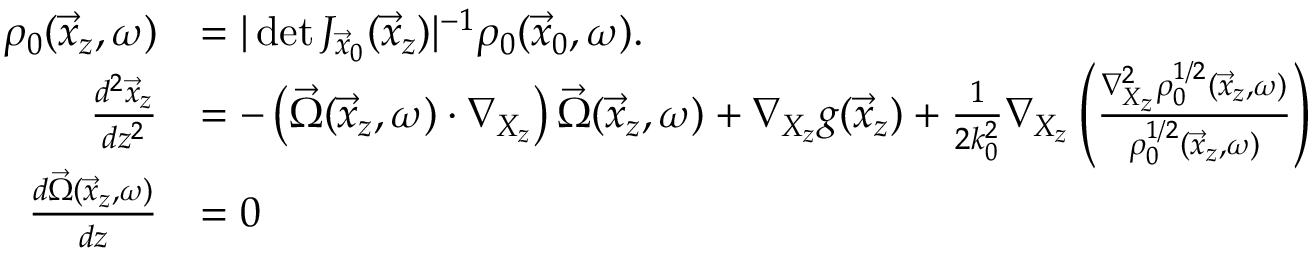
\begin{array} { r l } { \rho _ { 0 } ( \vec { x } _ { z } , \omega ) } & { = | \operatorname* { d e t } J _ { \vec { x } _ { 0 } } ( \vec { x } _ { z } ) | ^ { - 1 } \rho _ { 0 } ( \vec { x } _ { 0 } , \omega ) . } \\ { \frac { d ^ { 2 } \vec { x } _ { z } } { d z ^ { 2 } } } & { = - \left( \vec { \Omega } ( \vec { x } _ { z } , \omega ) \cdot \nabla _ { X _ { z } } \right) \vec { \Omega } ( \vec { x } _ { z } , \omega ) + \nabla _ { X _ { z } } g ( \vec { x } _ { z } ) + \frac { 1 } { 2 k _ { 0 } ^ { 2 } } \nabla _ { X _ { z } } \left( \frac { \nabla _ { X _ { z } } ^ { 2 } \rho _ { 0 } ^ { 1 / 2 } ( \vec { x } _ { z } , \omega ) } { \rho _ { 0 } ^ { 1 / 2 } ( \vec { x } _ { z } , \omega ) } \right) } \\ { \frac { d \vec { \Omega } ( \vec { x } _ { z } , \omega ) } { d z } } & { = 0 } \end{array}